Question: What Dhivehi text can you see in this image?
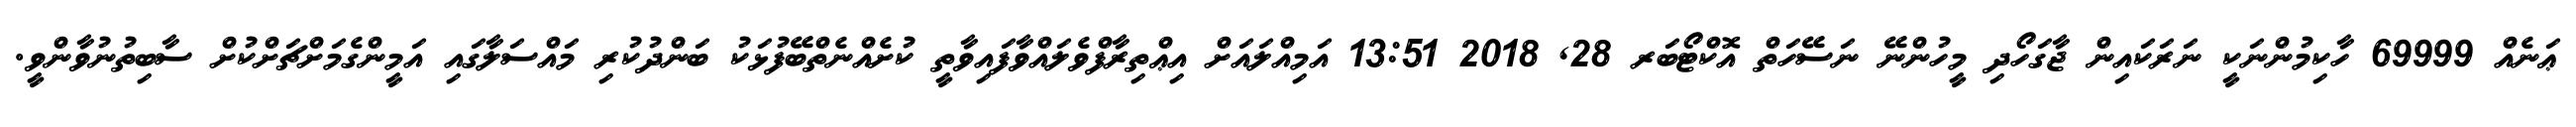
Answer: ޢަނެއް 69999 ހާކިމުންނަކީ ނަރަކައިން ޖާގަހޯދި މީހުންނޭ ނަސޭހަތް އޮކްޓޯބަރ 28, 2018 13:51 އަމިއްލައަށް އިޢްތިރާފްވެލައްވާފައިވާތީ ކުށެއްނެތްބޭފުޅަކު ބަންދުކުރި މައްސަލާގައި އަމީންގެމަށްޗަށްކުށް ސާބިތުނުވާންވީ.